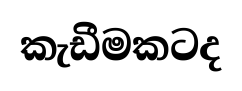
කැඩීමකටද